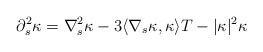
\begin{align*}\partial_s^{2}\kappa=\nabla_s^2\kappa -3\langle \nabla_s\kappa, \kappa \rangle T -|\kappa|^2\kappa \end{align*}